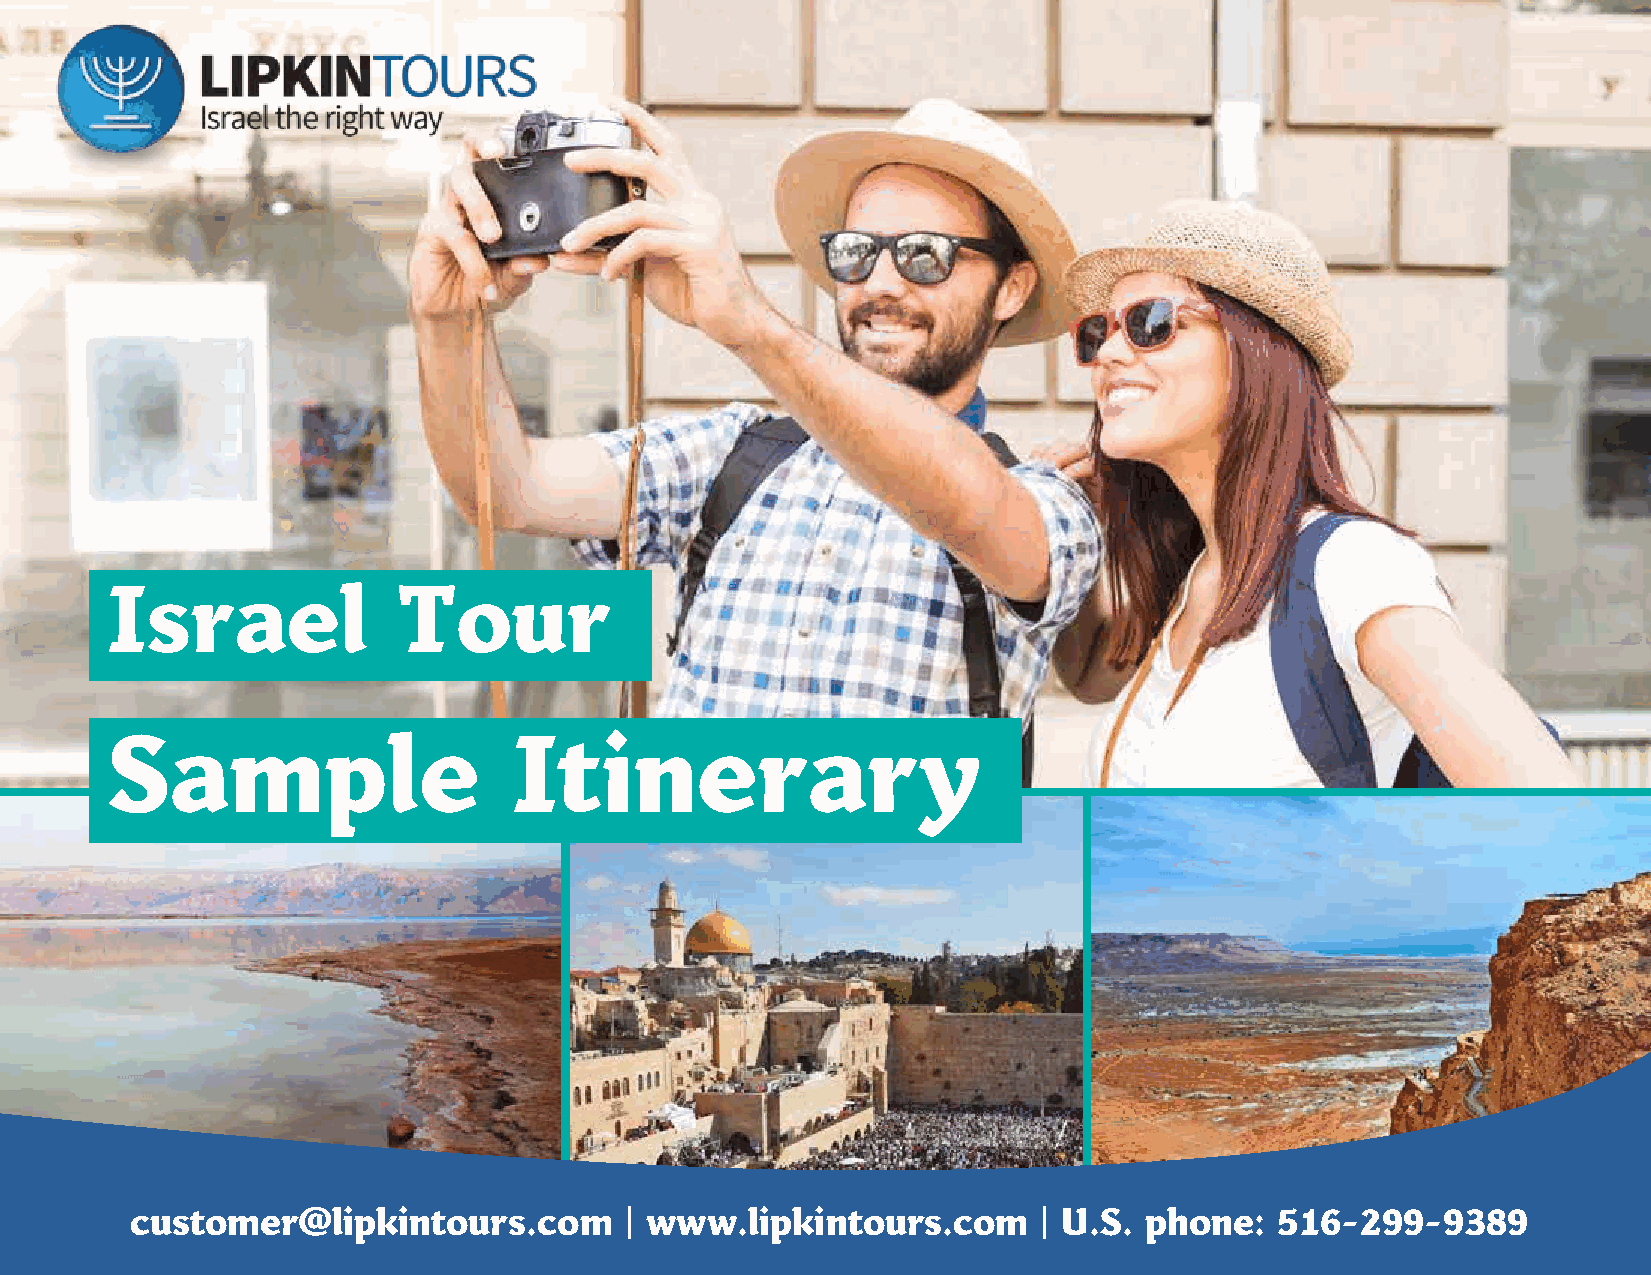
Israel             Tour
 Sample                     Itinerary
 customer@lipkintours.com        | www.lipkintours.com       | U.S. phone:   516-299-9389